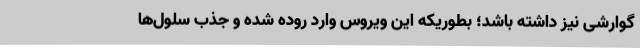
گوارشی نیز داشته باشد؛ بطوریکه این ویروس وارد روده شده و جذب سلول‌ها